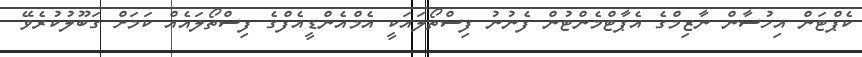
ކެޕްޓަން އިހުސާން ނާޒިމްގެ އެޕާޓްމެންޓުން ފެނުނު ފިސްތޯލައަކީ އެމްއެެންޑީއެފްގެ ފިސްތޯލައެއް ކަމަށް ގަބޫލުކުރެވޭ